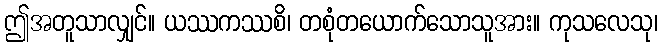
ဤအတူသာလျှင်။ ယဿကဿစိ၊ တစုံတယောက်သောသူအား။ ကုသလေသု၊